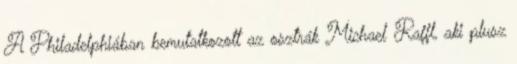
A Philadelphiában bemutatkozott az osztrák Michael Raffl, aki plusz